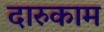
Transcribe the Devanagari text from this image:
दारुकाम